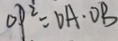
O P ^ { 2 } = D A \cdot D B